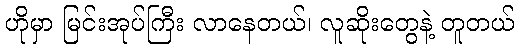
ဟိုမှာ မြင်းအုပ်ကြီး လာနေတယ်၊ လူဆိုးတွေနဲ့ တူတယ်